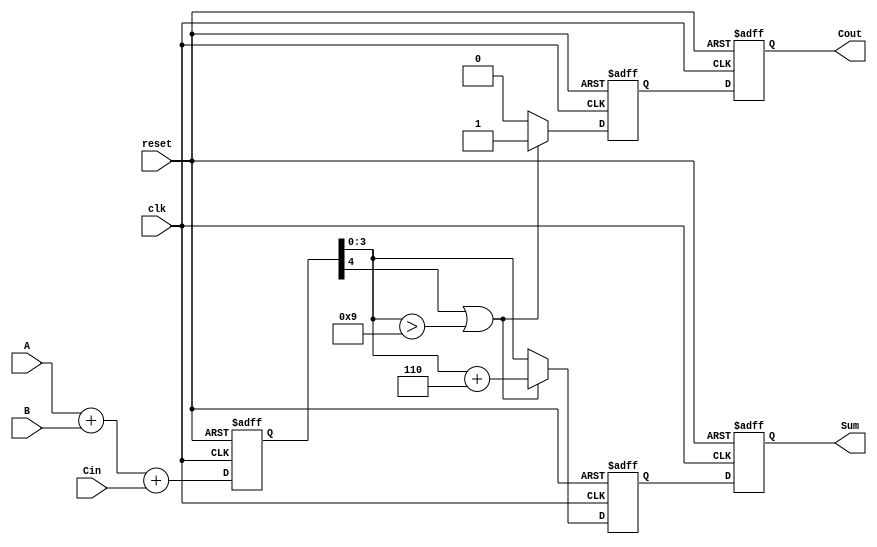
module bcd_pipelined_adder (
    input wire clk,
    input wire reset,
    input wire [3:0] A,      // First BCD digit
    input wire [3:0] B,      // Second BCD digit
    input wire Cin,          // Carry-in
    output reg [3:0] Sum,    // Corrected BCD sum
    output reg Cout          // Carry-out
);

    // Intermediate signals
    reg [4:0] raw_sum;       // 5-bit raw sum from binary addition
    reg [4:0] corrected_sum; // Sum after BCD correction
    reg carry_out;           // Carry-out from BCD correction

    // State registers to hold intermediate values
    reg [4:0] sum_stage1;    // Stage after binary addition
    reg [4:0] sum_stage2;    // Stage after BCD correction

    // Binary Adder Logic
    always @(posedge clk or posedge reset) begin
        if (reset) begin
            sum_stage1 <= 5'b0;
        end else begin
            // Add A, B and Carry in
            raw_sum = A + B + Cin;
            sum_stage1 <= raw_sum;
        end
    end

    // BCD Correction Logic
    always @(posedge clk or posedge reset) begin
        if (reset) begin
            sum_stage2 <= 5'b0;
            carry_out <= 1'b0;
        end else begin
            // Check if BCD correction is needed
            if (sum_stage1[4] || sum_stage1[3:0] > 4'b1001) begin
                corrected_sum = sum_stage1 + 5'b00110; // Add 6 to correct
                carry_out = 1'b1; // Set carry-out
            end else begin
                corrected_sum = sum_stage1; // No correction needed
                carry_out = 1'b0; // No carry-out
            end
            sum_stage2 <= corrected_sum; // Store corrected sum
        end
    end

    // Final Output Stage
    always @(posedge clk or posedge reset) begin
        if (reset) begin
            Sum <= 4'b0;
            Cout <= 1'b0;
        end else begin
            Sum <= sum_stage2[3:0]; // BCD sum is the lower 4 bits
            Cout <= carry_out;       // Carry-out
        end
    end

endmodule